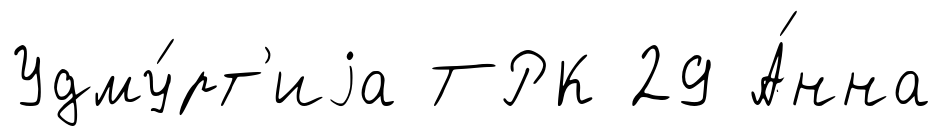
Удму́рт'иjа ТРК 29 А́нна